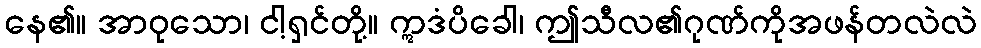
နေ၏။ အာဝုသော၊ ငါ့ရှင်တို့။ ဣဒံပိခေါ၊ ဤသီလ၏ဂုဏ်ကိုအဖန်တလဲလဲ